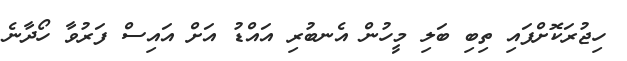
ހިޖުރަކޮށްފައި ތިބި ބަލި މީހުން އެނބުރި އައްޑު އަށް އައިސް ފަރުވާ ހޯދާނެ